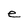
Character: e